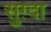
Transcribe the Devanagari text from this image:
सुग़्दा